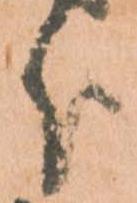
分